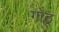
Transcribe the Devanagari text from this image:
गोठू